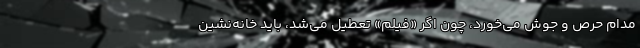
مدام حرص و جوش می‌خورد، چون اگر «فیلم» تعطیل می‌شد، باید خانه‌نشین